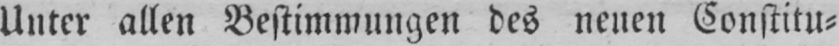
Unter allen Bestimmungen des neuen Constitu⸗